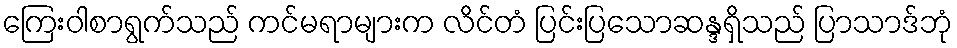
ကြေးဝါစာရွက်သည် ကင်မရာများက လိင်တံ ပြင်းပြသောဆန္ဒရှိသည် ပြာသာဒ်ဘုံ